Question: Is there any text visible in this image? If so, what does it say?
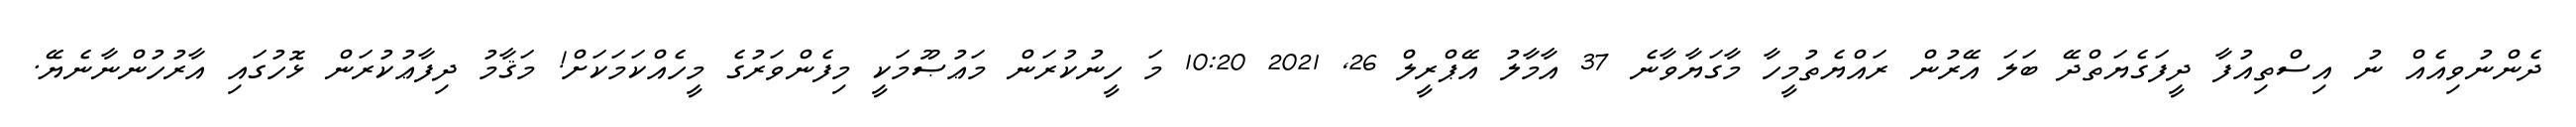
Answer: ދެންނުވިއެއް ނު އިސްތިއުފާ ދީފަގެޔަތްދޭ ބަލަ އޭރުން ރައްޔެތުމީހާ މާގަޔާވާނެ 37 އާމާލު އޭޕްރީލް 26, 2021 10:20 މަ ހީނުކުރަން މަޢުޞޫމަކީ މިފެންވަރުގެ މީހެއްކަމަކަށް! މަޤާމު ދިފާޢުކުރަން ޅޮހުގައި އާރުހުންނާނެޔޭ.